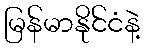
မြန်မာနိုင်ငံနဲ့